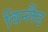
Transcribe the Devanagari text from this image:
विन्लैंड